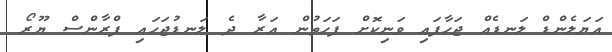
އަޔަލެންޑް ލަނޑެއް ޖަހާފައި ވަނިކޮށް ފަހަތުން އަރާ ދެ ލަނޑުޖަހައި ފްރާންސް ޔޫރޯ